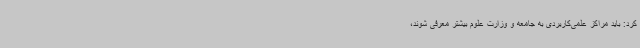
کرد: باید مراکز علمی‌کاربردی به جامعه و وزارت علوم بیشتر معرفی شوند،